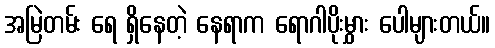
အမြဲတမ်း ရေ ရှိနေတဲ့ နေရာက ရောဂါပိုးမွှား ပေါများတယ်။